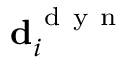
\mathbf { d } _ { i } ^ { \mathrm { ~ d ~ y ~ n ~ } }